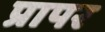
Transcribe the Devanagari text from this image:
प्रापर